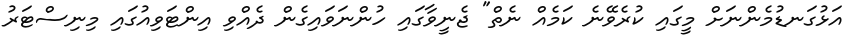
އަޅުގަނޑުމެންނަށް މީގައި ކުރެވޭނެ ކަމެއް ނެތް" ޖެނީވާގައި ހުންނަވައިގެން ދެއްވި އިންޓަވިއުގައި މިނިސްޓަރު